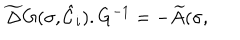
\widetilde { \Delta } G ( \sigma , { \hat { \cal { C } } } _ { i } ) . G ^ { - 1 } = - \widetilde { A } ( \sigma ,